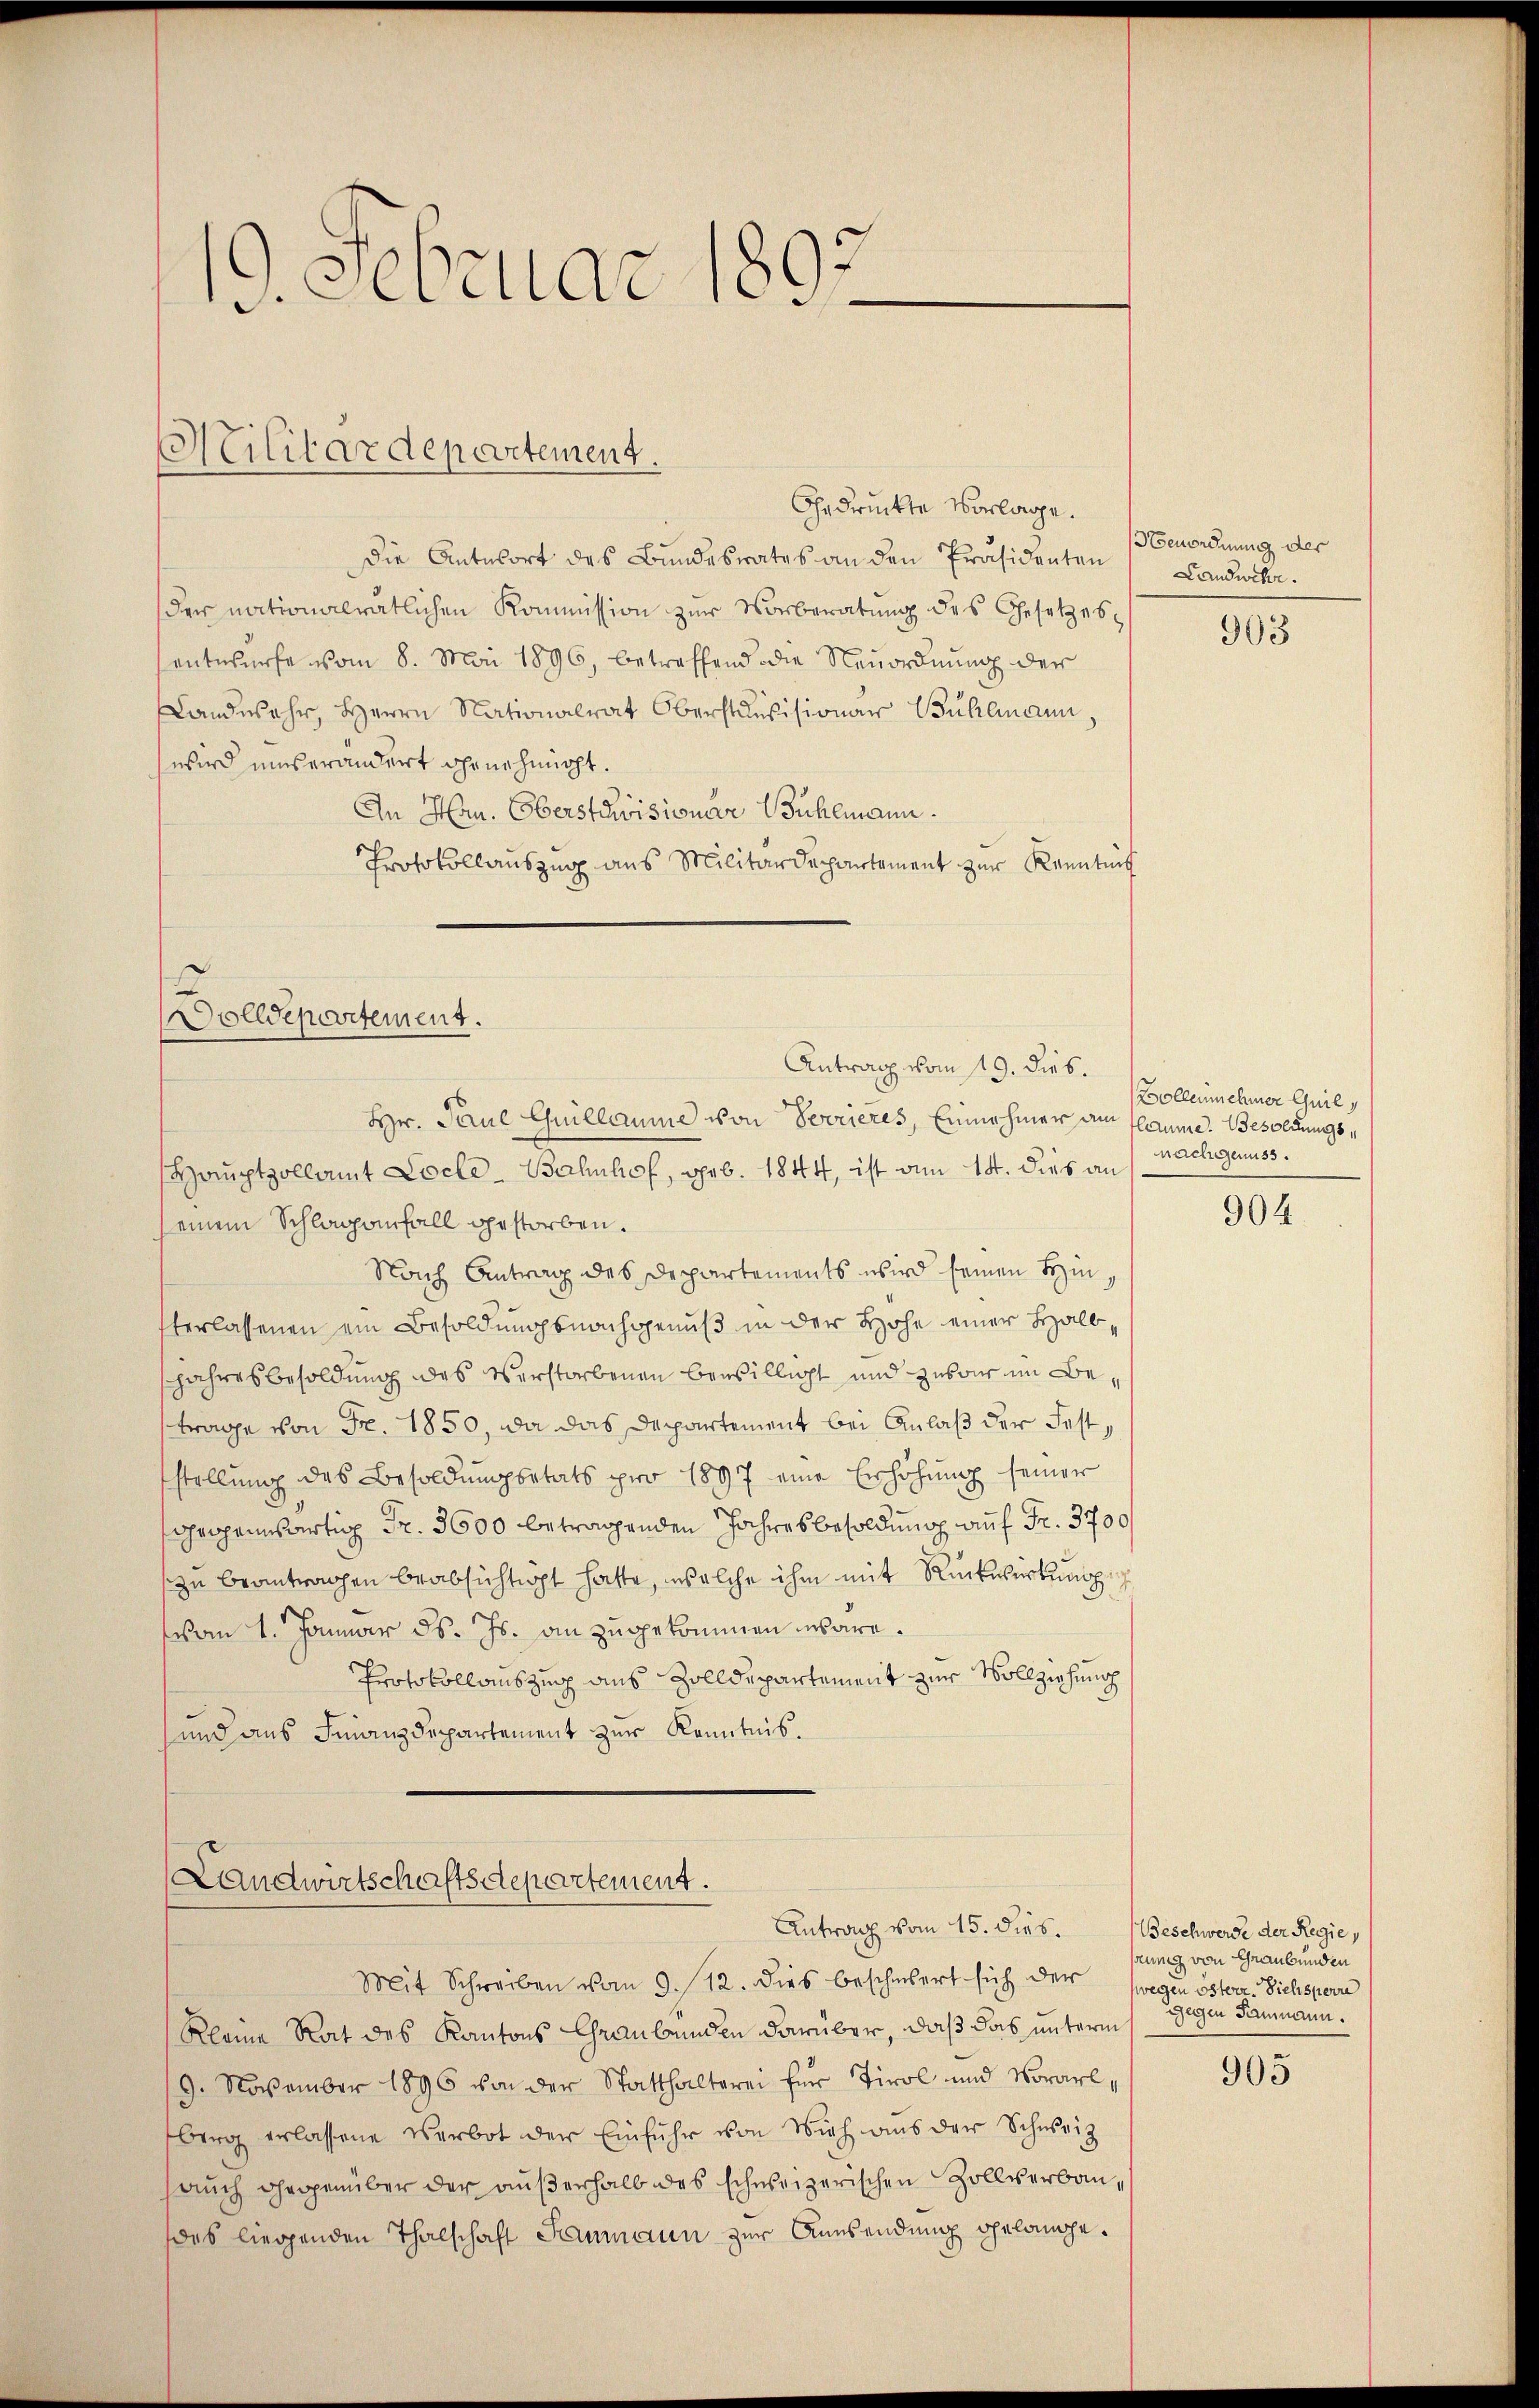
19. Februar 1897

Militärdepartement.

Gedruckte Vorlage.
Die Antwort des Bundesrates an den Präsidenten Landwehr.
der nationalrätlichen Kommission zŭr Vorberatŭng des Gesetzes
entwürfe vom 8. Mai 1896, betreffend die Neuordnŭng der
Landwehr, Herrn Nationalrat Oberstensisionar Bühlmann,
wird unverändert ihr nehmigt.
An Hrn. Oberstcisionar Bühlmann.
Protokollauszug aus Militärdepartement zur Kenntnif

Hr. Paul Guillaume von Serieres, Einnahmer am flaume. Besoldungs¬
Hauptzollamt Locle-Bahnhof, geb. 1844, ist am 14. dies an
seinem Schlaganfall gestorben.
Nach Antrag des Departements wird seinen Hinterlassenen ein Besoldungsnachgenuß in der Hohe einer Halbjahresbesoldung des verstorbenen bewilligt und zwar im Betrage von Fr. 1850, da das Departement bei Anlaß der Feststellung des Besoldungsetats pro 1897 eine Erhöhung seiner
hropenwärtig Fr. 3600 betragenden Jahresbesoldung auf Fr. 3700
zu beantrachen beabsichtigt hatte, welche ihm mit Rückwirkung
vom 1. Januar d. Js. an zugekommen wäre.
Protokollauszug aus Zolldepartement zur Vollziehung
und aus Finanzdepartement zur Kenntnis.

Wolldepartement.
Antrag vom 19. dies.

Landwirtschaftsdepartement.
Antrag vom 15. dies. Beschwerde der Regie

Mit Schreiben vom 9./12. dies beschwert sich der (wegen österr. Siehsperr
Kleine Rat des Kantons Graubünden darüber, daß das unterm
9. November 1896 von der Statthalterei für Tirol und Vorarl,
berg erlassene Verbot der Einfuhr von Vieh aus der Schweiz
auch dhropenüber der außerhalb des schweizerischen Zollverbaudes liegenden Thalschaft Saumann zur Aussendung gelange¬

enordnung der

903

Bollenmehrer Guil,
nachgenuss.

904

sung von Graubünden
Gegen Saumann.

905